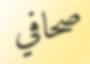
صحافي